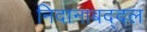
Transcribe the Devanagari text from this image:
निदानाबद्दल